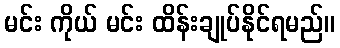
မင်း ကိုယ် မင်း ထိန်းချုပ်နိုင်ရမည်။